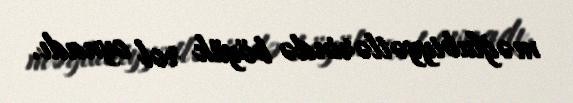
məğlubiyyətlərində böyük rol oynadı.